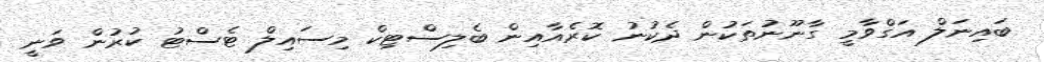
ބައިނަލް އަގްވާމީ ގާނޫނުތަކުން ދެކުނު ކޮރެއާއިން ބެލިސްޓިކް މިސައިލް ޓެސްޓު ކުރުން ވަނީ